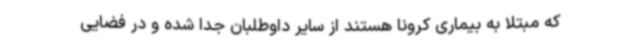
که مبتلا به بیماری کرونا هستند از سایر داوطلبان جدا شده و در فضایی